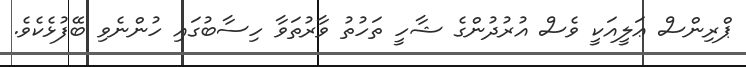
ޕްރިންސް ޢަލީއަކީ ވެސް އުރުދުންގެ ޝާހީ ތަހުތު ވާރުތަވާ ހިސާބުގައި ހުންނެވި ބޭފުޅެކެވެ.